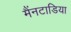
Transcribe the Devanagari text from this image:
मैंनटाडिया